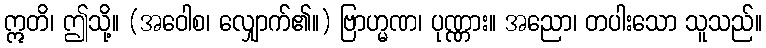
ဣတိ၊ ဤသို့။ (အဝေါစ၊ လျှောက်၏။) ဗြာဟ္မဏ၊ ပုဏ္ဏား။ အညော၊ တပါးသော သူသည်။